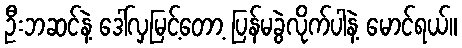
ဦးဘဆင်နဲ့ ဒေါ်လှမြင့်တော့ ပြန်မခွဲလိုက်ပါနဲ့ မောင်ရယ်။